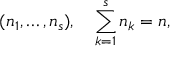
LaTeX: ( n _ { 1 } , \ldots , n _ { s } ) , \quad \sum _ { k = 1 } ^ { s } n _ { k } = n ,